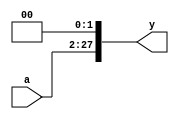
module Shifter26bits(a, y);
  input [25:0] a;
  output wire [27:0] y;
  assign y = {a[25:0], 2'b00};
endmodule